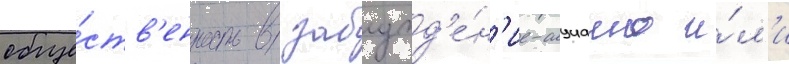
обще́ств'енность в заблужд'е́н'ие-случаино и́л'и